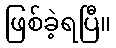
ဖြစ်ခဲ့ရပြီ။